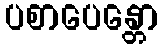
ပစာပေန္တော